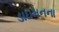
ડાઇમનના